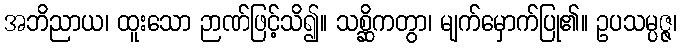
အဘိညာယ၊ ထူးသော ဉာဏ်ဖြင့်သိ၍။ သစ္ဆိကတွာ၊ မျက်မှောက်ပြု၏။ ဥပသမ္ပဇ္ဇ၊